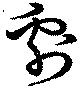
劇